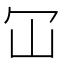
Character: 冚